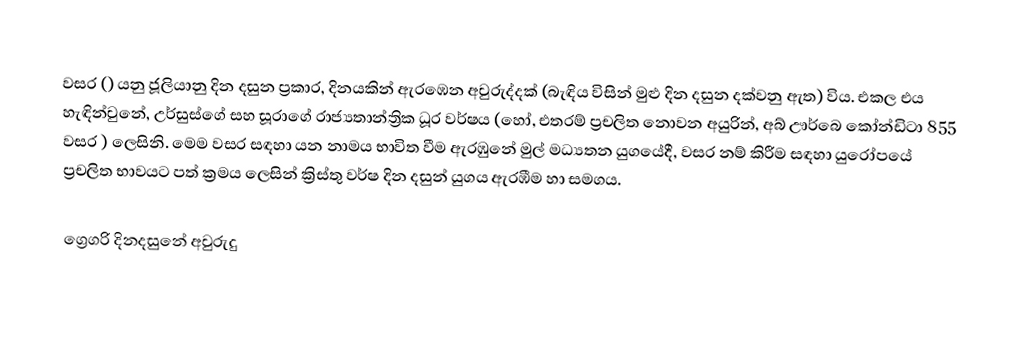

වසර   () යනු  ජූලියානු දින දසුන ප්‍රකාර,    දිනයකින් ඇරඹෙන  අවුරුද්දක්   (බැඳිය විසින් මුළු දින දසුන දක්වනු ඇත)  විය. එකල එය හැඳින්වුනේ, 	උර්සුස්ගේ	 සහ 	සූරාගේ	  රාජ්‍යතාන්ත්‍රික  ධූර වර්ෂය  (හෝ, එතරම් ප්‍රචලිත නොවන අයුරින්,  අබ් ඌර්බෙ කෝන්ඩිටා 	855	  වසර  ) ලෙසිනි. මෙම වසර සඳහා   යන නාමය භාවිත වීම ඇරඹුනේ මුල් මධ්‍යතන යුගයේදී, වසර නම් කිරීම සඳහා යුරෝපයේ ප්‍රචලිත භාවයට පත් ක්‍රමය ලෙසින් ක්‍රිස්තු වර්ෂ දින දසුන් යුගය ඇරඹීම හා සමගය.

ග්‍රෙගරි දිනදසුනේ අවුරුදු